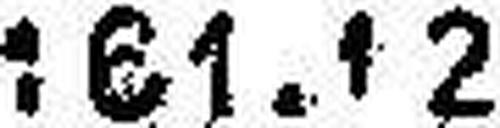
161.12